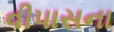
વીપાસના